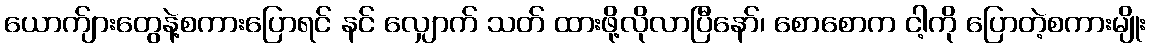
ယောက်ျားတွေနဲ့စကားပြောရင် နင် လျှောက် သတ် ထားဖို့လိုလာပြီနော်၊ စောစောက ငါ့ကို ပြောတဲ့စကားမျိုး